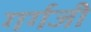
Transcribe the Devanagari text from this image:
गर्गजी